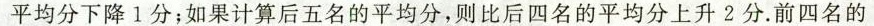
平均分下降1分；如果计算后五名的平均分，则比后四名的平均分上升2分。前四名的